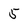
Character: 5